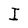
Character: I